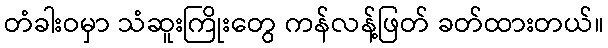
တံခါးဝမှာ သံဆူးကြိုးတွေ ကန်လန့်ဖြတ် ခတ်ထားတယ်။